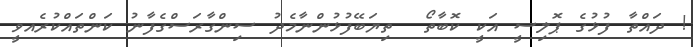
! ދައްތާ ފުޅުގެ ޕޮލިސީ އަކީ ކޮބާތޯ  ތިޔަބޭފުޅުންނާމެދު ސިންގާރަސްގެފާނު ކަންތައްކުރެއވީ